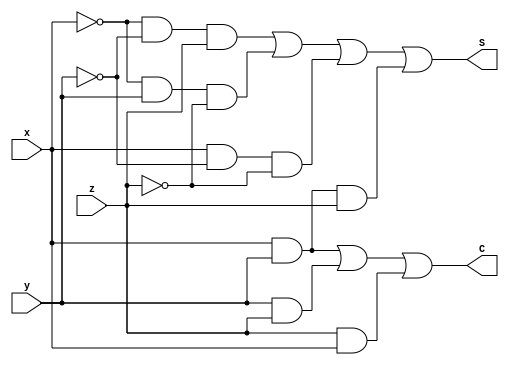
module half_add(S,C,x,y,z);
output S,C;
input x,y,z;
assign S = (~x & ~y & z) | (~x & y & ~z) | (x & ~y & ~z) | (x & y & z) ;
assign C = x&y | y&z | z&x;
endmodule

module simand;
reg x,y,z;
wire S,C;

half_add h(S,C,x,y,z);

initial begin
$monitor("x=%d,y=%d,z=%d,S=%d,C=%d",x,y,z,S,C);

x=1'b0;
y=1'b0;
z=1'b0;
#10
x = 1'b0;
y=1'b0;
z=1'b1;
#10
x = 1'b0;
y=1'b1;
z=1'b0;
#10
x = 1'b0;
y=1'b1;
z=1'b1;
#10
x = 1'b1;
y=1'b0;
z=1'b0;
#10
x = 1'b1;
y=1'b0;
z=1'b1;
#10
x = 1'b1;
y=1'b1;
z=1'b0;
#10
x = 1'b1;
y=1'b1;
z=1'b1;
end

endmodule